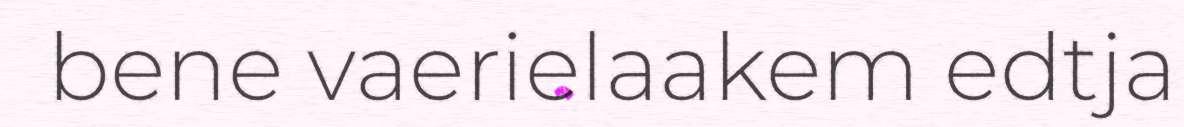
bene vaerielaakem edtja